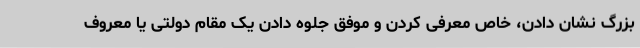
بزرگ نشان دادن، خاص معرفی کردن و موفق جلوه دادن یک مقام دولتی یا معروف